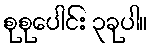
စုစုပေါင်း ၃ခုပါ။